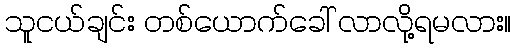
သူငယ်ချင်း တစ်ယောက်ခေါ် လာလို့ရမလား။